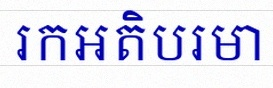
រកអតិបរមា